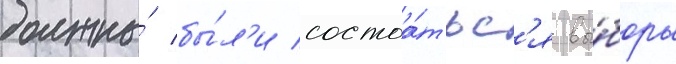
должны́ бы́л'и состоа́тьс'я вы́боры